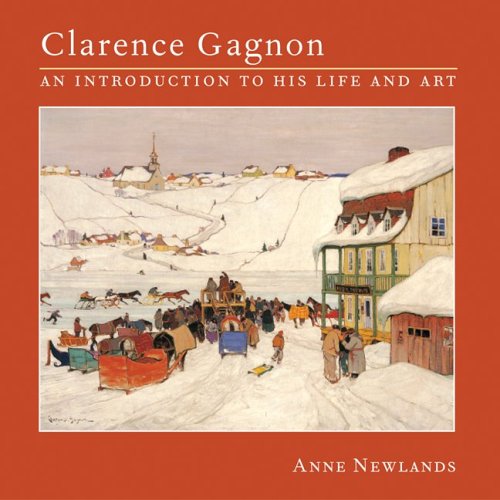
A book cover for Clarence Gagnon: An Introduction to His Life and Art; Anne Newlands; Biographies & Memoirs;